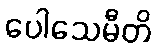
ပေါသေမီတိ